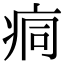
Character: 痌